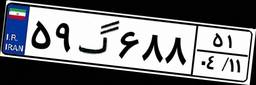
۷۲گ۶۹۲۰۵